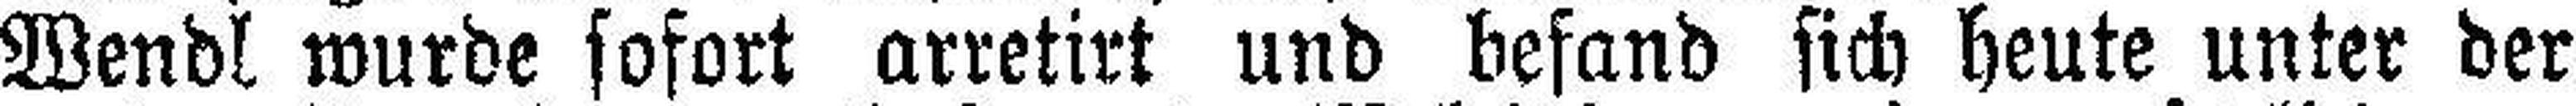
Wendl wurde sofort arretirt und befand sich heute unter der